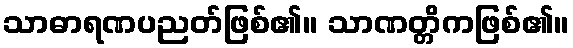
သာဓာရဏပညတ်ဖြစ်၏။ သာဏတ္တိကဖြစ်၏။